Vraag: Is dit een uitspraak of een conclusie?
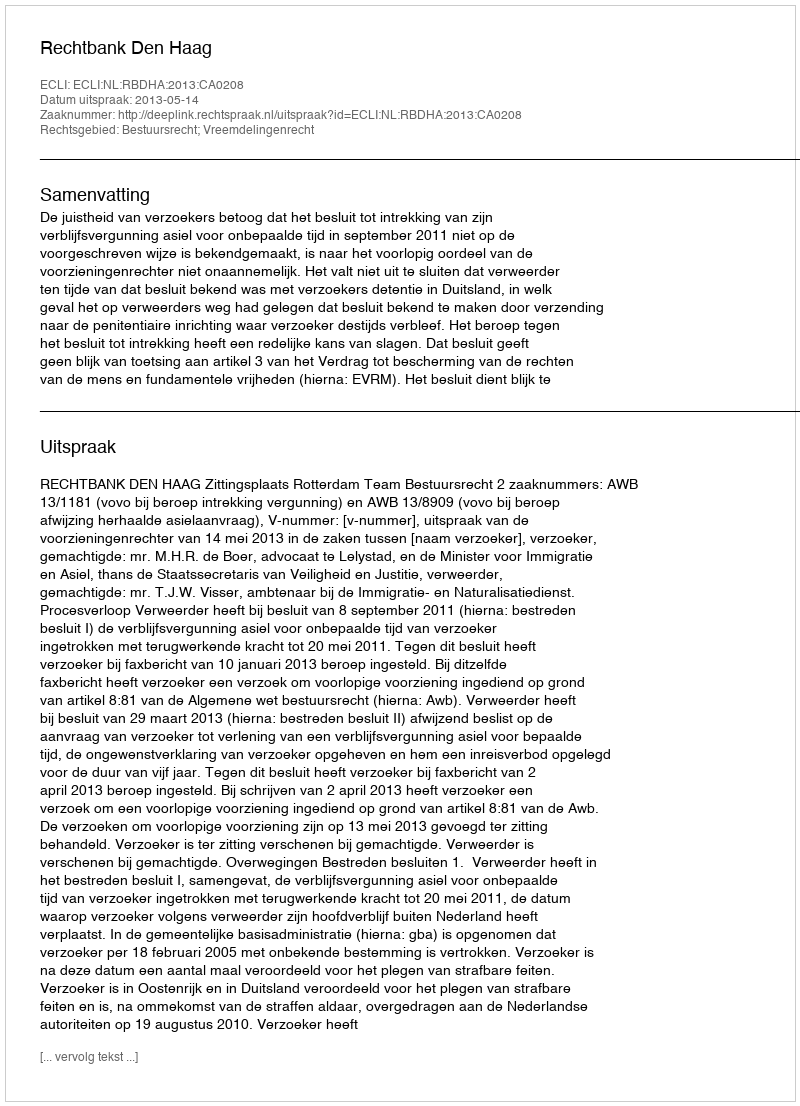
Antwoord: Uitspraak